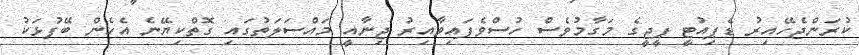
ކުރަންޖެހޭއިރު ޑެޕިއުޓީ ޕީޖީގެ މަގާމުވެސް ހުސްވެފައިވާއިރު ޖިނާއީ މައްސަލަތުގައި ގޮތްކިޔޭނެ އެހެން ބޭފުޅަކު